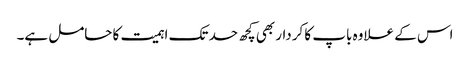
اس کے علاوہ باپ کا کردار بھی کچھ حد تک اہمیت کا حامل ہے۔